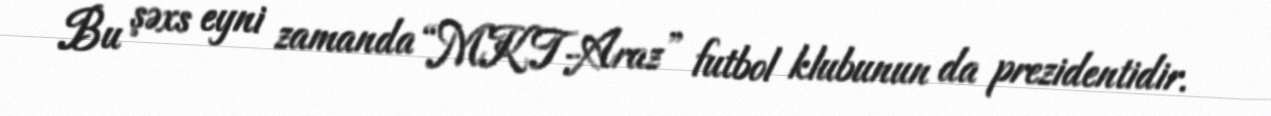
Bu şəxs eyni zamanda “MKT-Araz” futbol klubunun da prezidentidir.